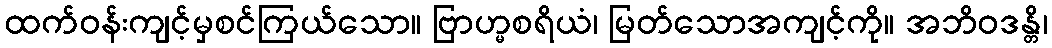
ထက်ဝန်းကျင့်မှစင်ကြယ်သော။ ဗြာဟ္မစရိယံ၊ မြတ်သောအကျင့်ကို။ အဘိဝဒန္တိ၊